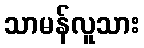
သာမန်လူသား